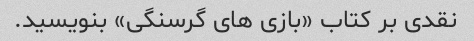
نقدی بر کتاب «بازی های گرسنگی» بنویسید.